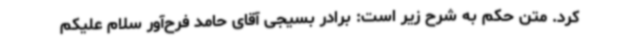
کرد. متن حکم به شرح زیر است: برادر بسیجی آقای حامد فرح‌آور سلام علیکم